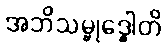
အဘိသမ္ဗုဒ္ဓေါတိ